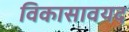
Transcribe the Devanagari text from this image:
विकासावयद